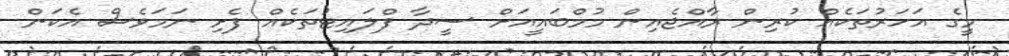
މީގެ އަހަރުތަކެއް ކުރިިން ރާއްޖެއިން މުމްބައީއަށް ސީދާ ފްލައިޓުތަކެއް ފެށި ނަމަވެސް އެކަން